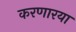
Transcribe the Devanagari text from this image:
करणारया